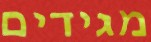
מגידים